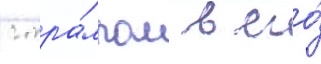
с тра́мпом в его́